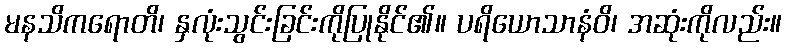
မနသိကရောတိ၊ နှလုံးသွင်းခြင်းကိုပြုနိုင်၏။ ပရိယောသာနံဝိ၊ အဆုံးကိုလည်း။